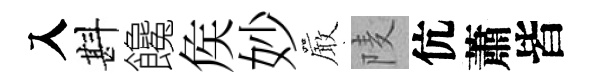
入斟饞矦妙巖𨹧伉蕭皆